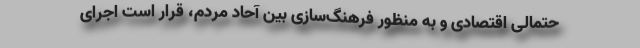
حتمالی اقتصادی و به منظور فرهنگ‌سازی بین آحاد مردم، قرار است اجرای